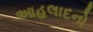
આહલાદનો